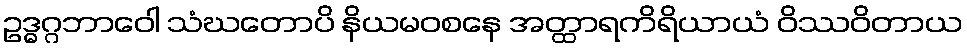
ဥဒ္ဓဂ္ဂဘာဝေါ သံဃတောပိ နိယမဝစနေ အတ္ထာရကိရိယာယံ ဝိဿဝိတာယ